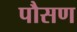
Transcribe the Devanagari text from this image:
पौसण